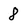
Character: 8